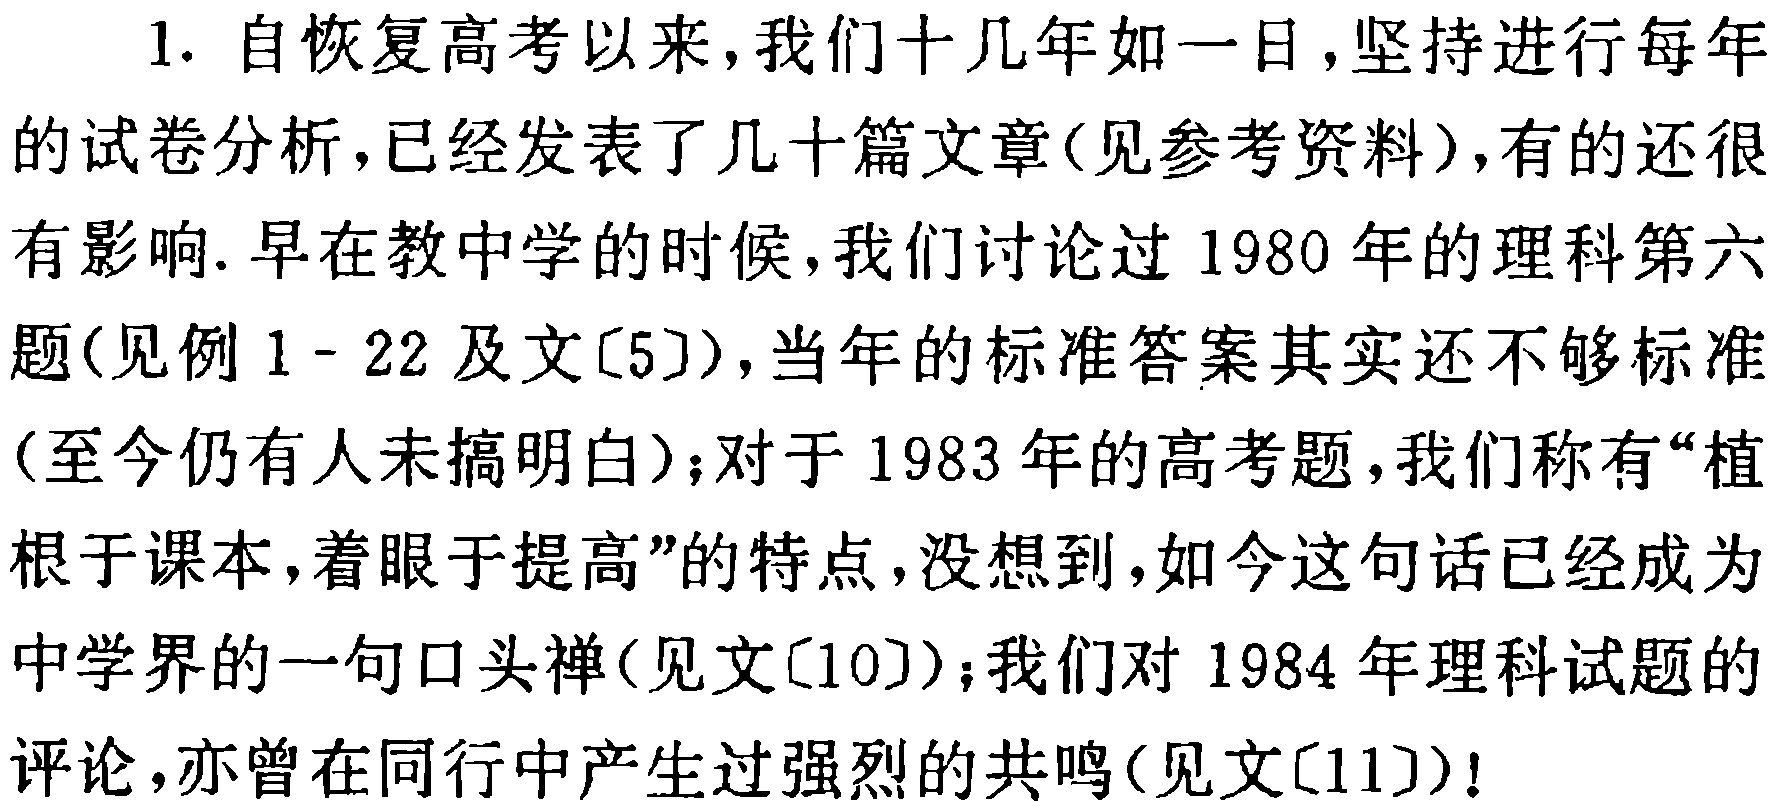
1. 自恢复高考以来,我们十几年如一日,坚持进行每年的试卷分析,已经发表了几十篇文章(见参考资料),有的还很有影响.早在教中学的时候,我们讨论过1980年的理科第六题(见例1 - 22及文[5]),当年的标准答案其实还不够标准(至今仍有人未搞明白);对于1983年的高考题,我们称有“植根于课本,着眼于提高”的特点,没想到,如今这句话已经成为中学界的一句口头禅(见文[10]);我们对1984年理科试题的评论,亦曾在同行中产生过强烈的共鸣(见文[11])!